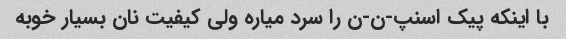
با اینکه پیک اسنپ-ن-ن را سرد میاره ولی کیفیت نان بسیار خوبه